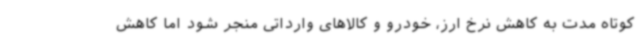
کوتاه مدت به کاهش نرخ ارز، خودرو و کالاهای وارداتی منجر شود اما کاهش